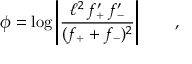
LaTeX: \phi = \log \left\vert \frac { \ell ^ { 2 } \, f _ { + } ^ { \prime } \, f _ { - } ^ { \prime } } { ( f _ { + } + f _ { - } ) ^ { 2 } } \right\vert \qquad ,